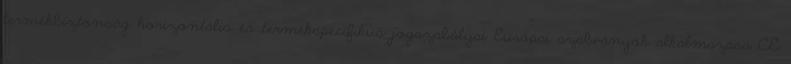
termékbiztonság horizontális és termékspecifikus jogszabályai Európai szabványok alkalmazása CE